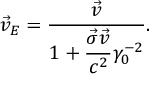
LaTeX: \vec { v } _ { E } = \frac { \vec { v } } { 1 + \displaystyle \frac { \vec { \sigma } \vec { v } } { c ^ { 2 } } \gamma _ { 0 } ^ { - 2 } } .